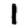
Digit: 1